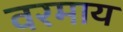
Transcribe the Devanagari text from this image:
वरमाय